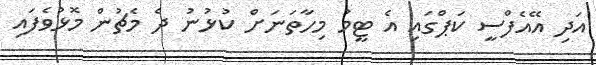
އަދި އޭއެފްސީ ކަޕްގައި އެ ޓީމު މިހާތަނަށް ކުޅުނު ދެ މެޗުން މޮޅުވެފައި